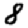
Digit: 8